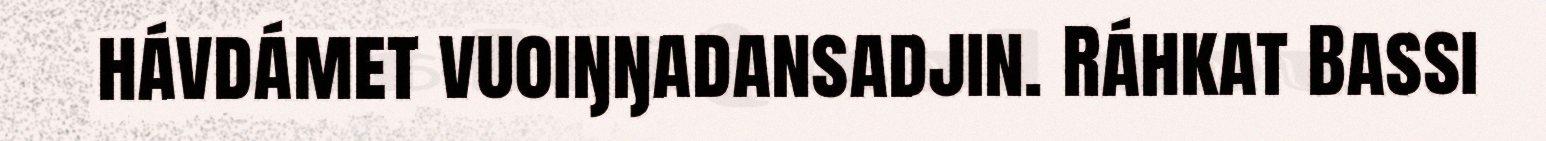
hávdámet vuoiŋŋadansadjin. Ráhkat Bassi